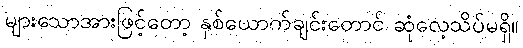
များသောအားဖြင့်တော့ နှစ်ယောက်ချင်းတောင် ဆုံလေ့သိပ်မရှိ။